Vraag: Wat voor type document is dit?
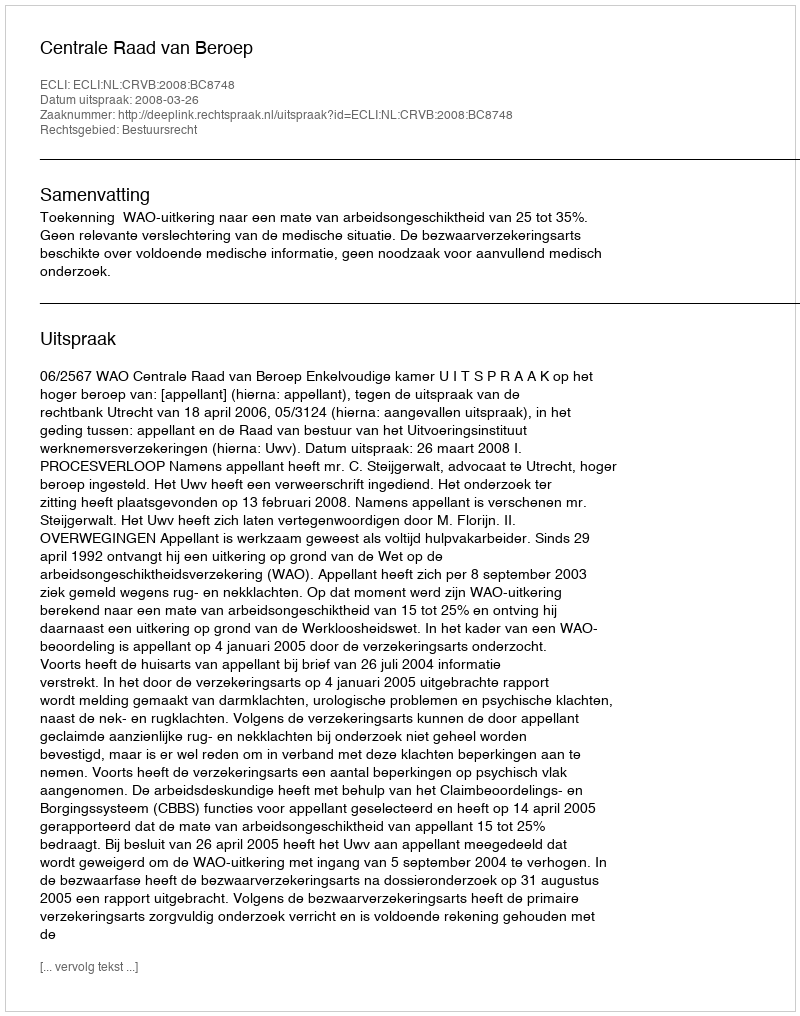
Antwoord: Uitspraak